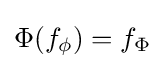
\Phi (f_{\phi })=f_{\Phi }